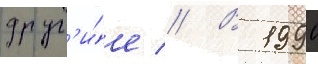
друг'и́е // В 1990